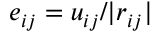
e _ { i j } = u _ { i j } / | r _ { i j } |